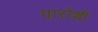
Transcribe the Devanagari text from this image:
पारोशी